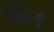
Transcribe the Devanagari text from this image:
पीव्स